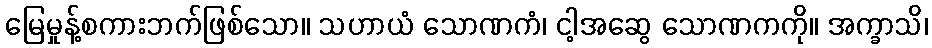
မြေမှုန့်စကားဘက်ဖြစ်သော။ သဟာယံ သောဏကံ၊ ငါ့အဆွေ သောဏကကို။ အက္ခာသိ၊